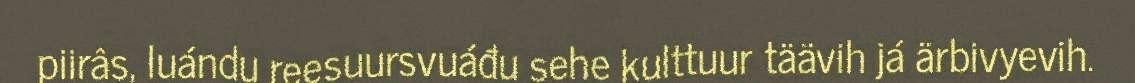
piirâs, luándu reesuursvuáđu sehe kulttuur täävih já ärbivyevih.